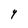
Character: Y